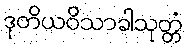
ဒုတိယဝိသာခါသုတ္တံ